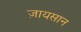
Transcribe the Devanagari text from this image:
ज़ायसान